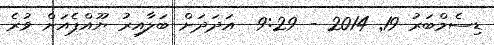
ޑިސެމްބަރު 19